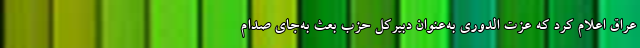
عراق اعلام کرد که عزت الدوری به‌عنوان دبیرکل حزب بعث به‌جای صدام